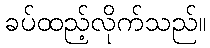
ခပ်ထည့်လိုက်သည်။